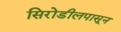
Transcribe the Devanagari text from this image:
सिरोडीलपासून